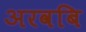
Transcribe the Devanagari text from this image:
अरवबि